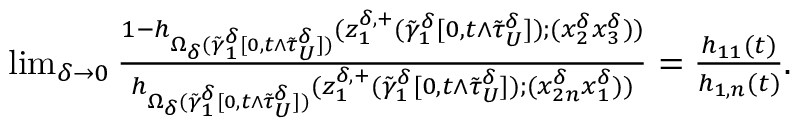
\begin{array} { r } { \operatorname* { l i m } _ { \delta \to 0 } \frac { 1 - h _ { \Omega _ { \delta } ( \tilde { \gamma } _ { 1 } ^ { \delta } [ 0 , t \wedge \tilde { \tau } _ { U } ^ { \delta } ] ) } ( z _ { 1 } ^ { \delta , + } ( \tilde { \gamma } _ { 1 } ^ { \delta } [ 0 , t \wedge \tilde { \tau } _ { U } ^ { \delta } ] ) ; ( x _ { 2 } ^ { \delta } x _ { 3 } ^ { \delta } ) ) } { h _ { \Omega _ { \delta } ( \tilde { \gamma } _ { 1 } ^ { \delta } [ 0 , t \wedge \tilde { \tau } _ { U } ^ { \delta } ] ) } ( z _ { 1 } ^ { \delta , + } ( \tilde { \gamma } _ { 1 } ^ { \delta } [ 0 , t \wedge \tilde { \tau } _ { U } ^ { \delta } ] ) ; ( x _ { 2 n } ^ { \delta } x _ { 1 } ^ { \delta } ) ) } = \frac { h _ { 1 1 } ( t ) } { h _ { 1 , n } ( t ) } . } \end{array}